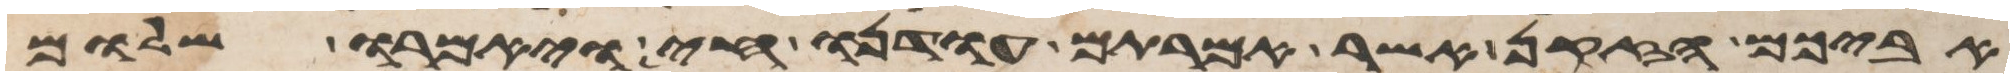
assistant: אביכם הזקן אשר אמרתם עודנו חי ויאמרו שלום